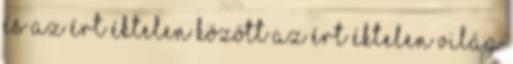
és az ÉRT ÉKTELEN között Az ÉRT ÉKTELEN világ